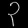
Digit: ၃